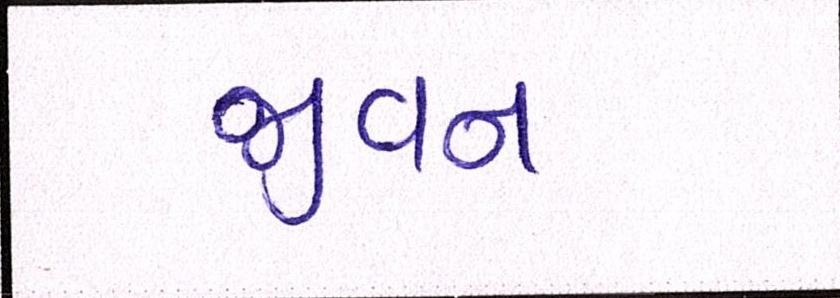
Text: જીવન